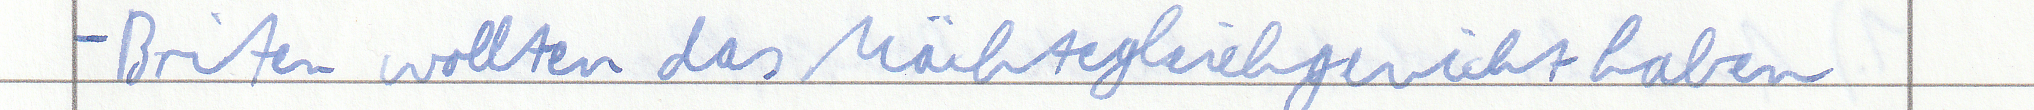
- Briten wollten das Mächtegleichgewicht haben